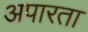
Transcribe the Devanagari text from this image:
अपारता